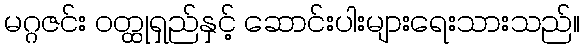
မဂ္ဂဇင်း ဝတ္ထုရှည်နှင့် ဆောင်းပါးများရေးသားသည်။